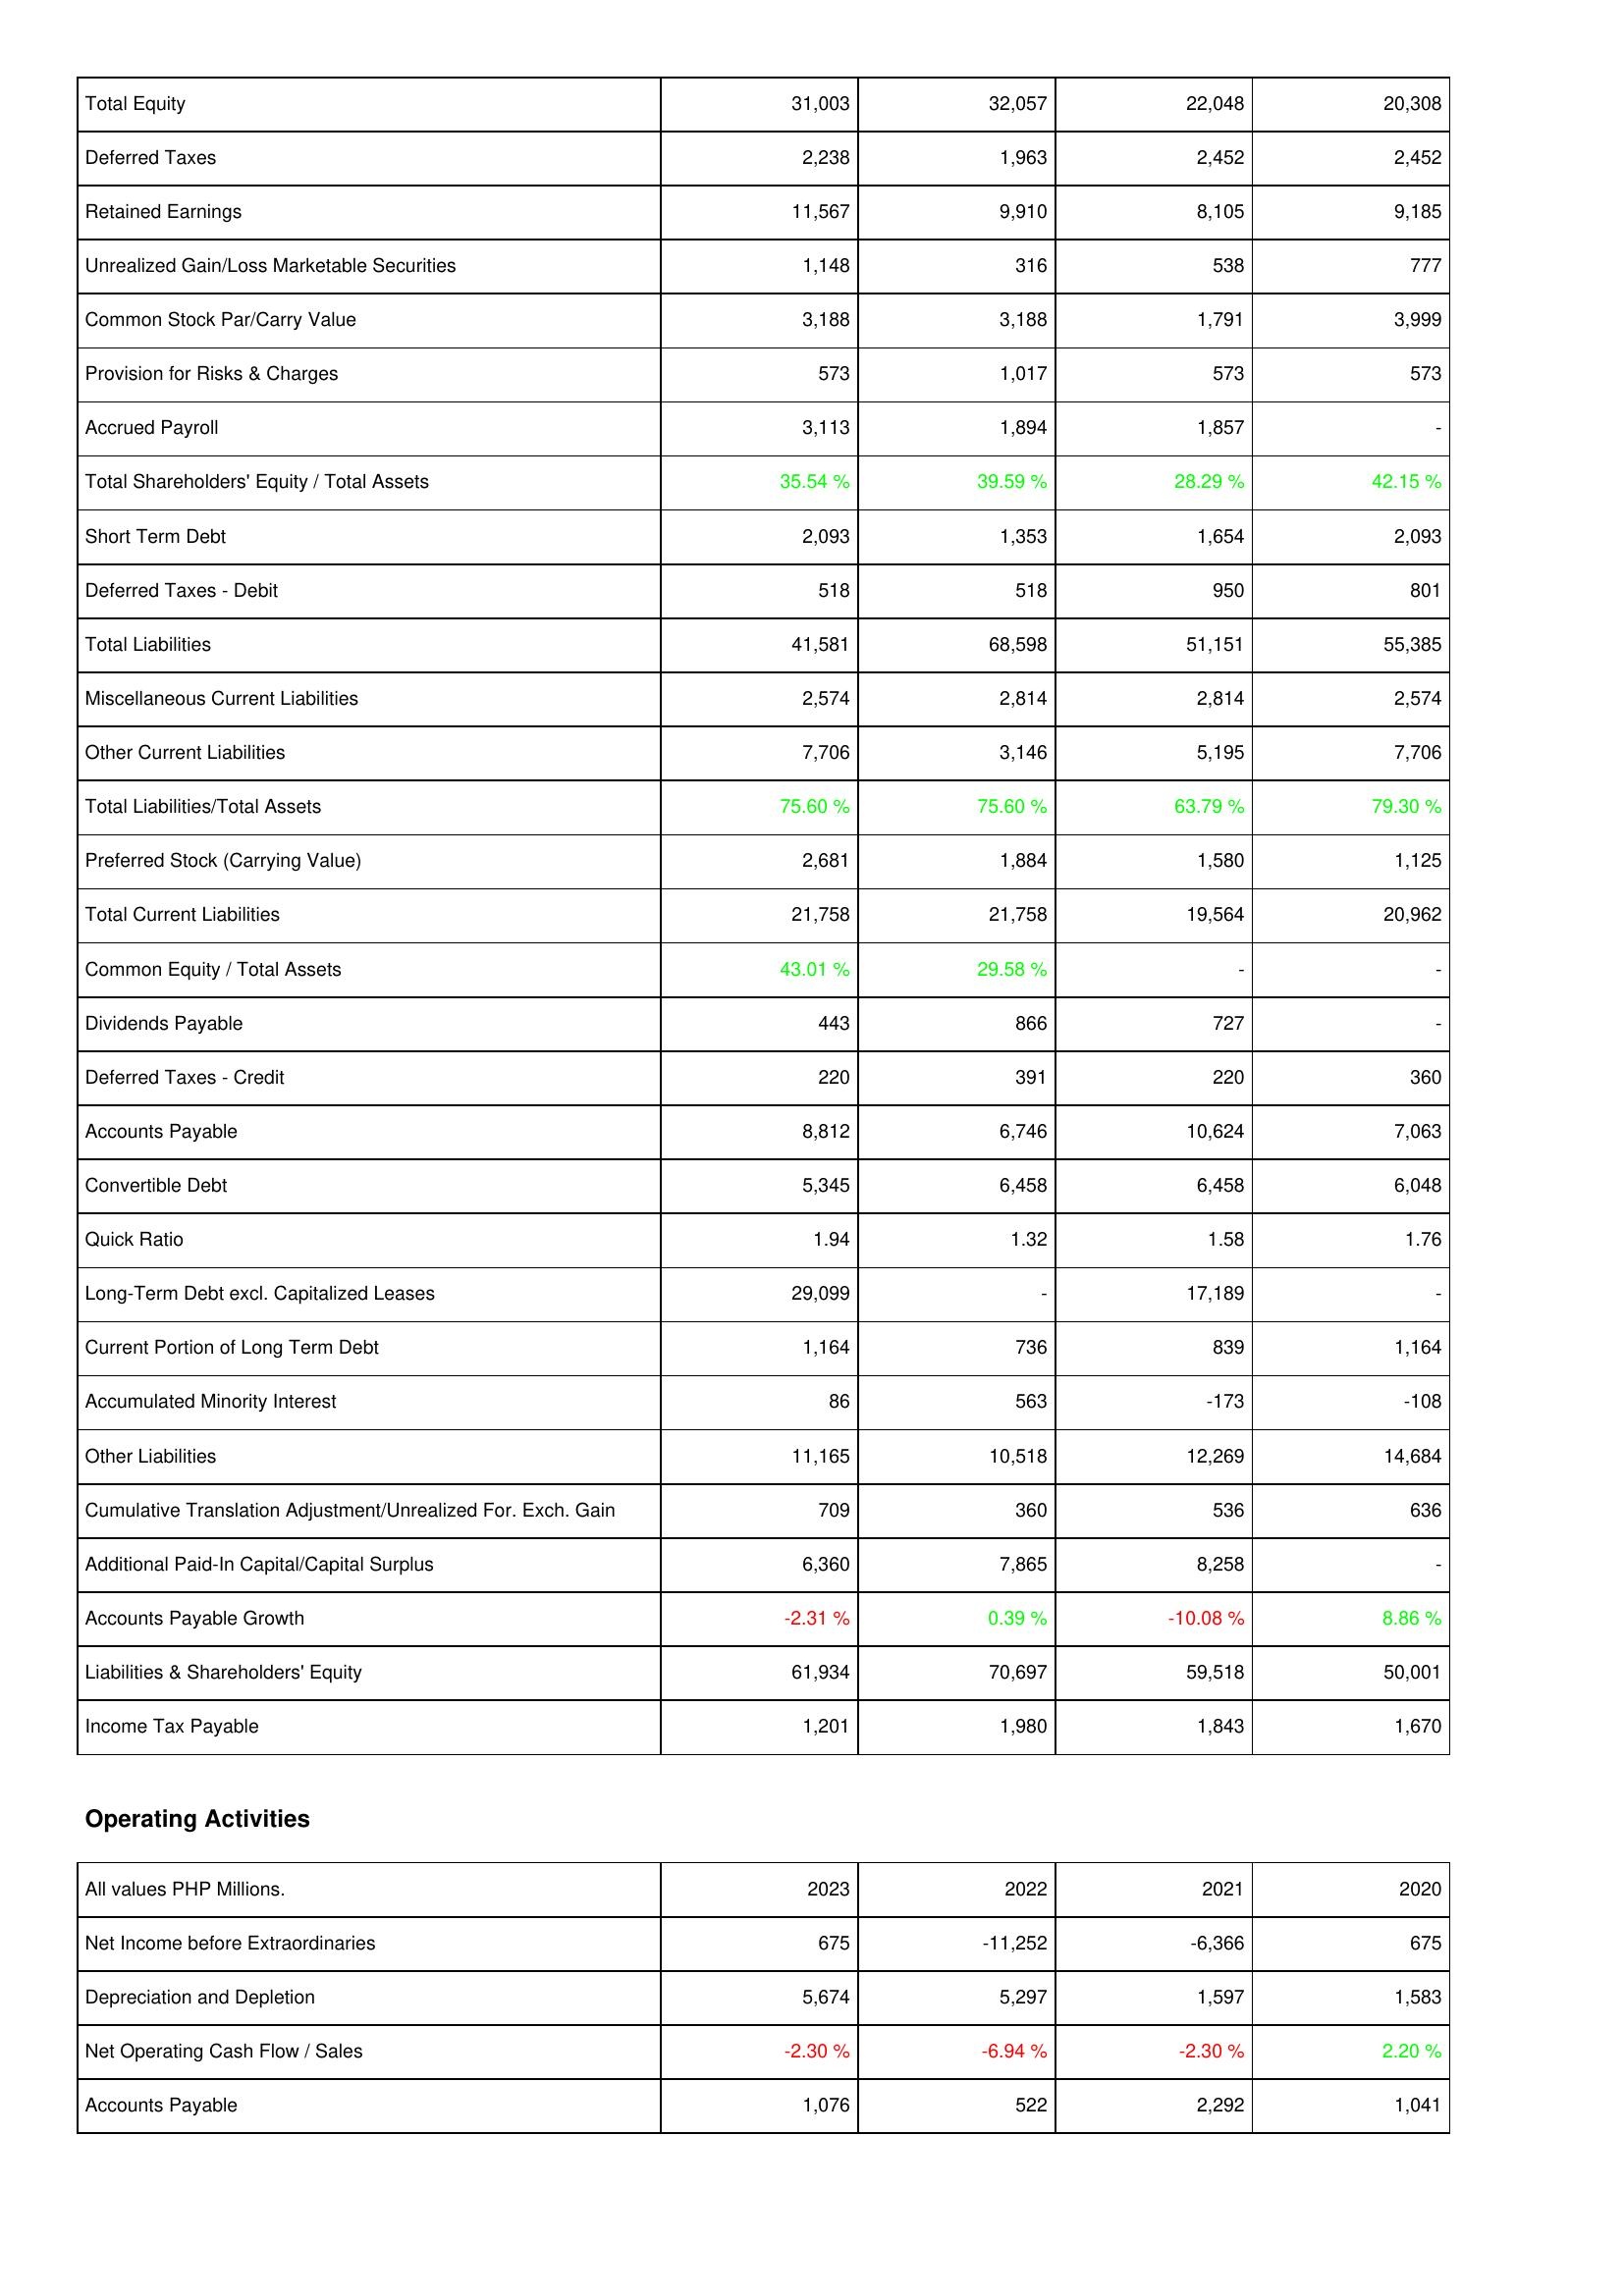
2023: Liabilities & Shareholders' Equity: Total Equity: 31,003
Deferred Taxes: 2,238
Retained Earnings: 11,567
Unrealized Gain/Loss Marketable Securities: 1,148
Common Stock Par/Carry Value: 3,188
Provision for Risks & Charges: 573
Accrued Payroll: 3,113
Total Shareholders' Equity / Total Assets: 35.54 %
Short Term Debt: 2,093
Deferred Taxes - Debit: 518
Total Liabilities: 41,581
Miscellaneous Current Liabilities: 2,574
Other Current Liabilities: 7,706
Total Liabilities/Total Assets: 75.60 %
Preferred Stock (Carrying Value): 2,681
Total Current Liabilities: 21,758
Common Equity / Total Assets: 43.01 %
Dividends Payable: 443
Deferred Taxes - Credit: 220
Accounts Payable: 8,812
Convertible Debt: 5,345
Quick Ratio: 1.94
Long-Term Debt excl. Capitalized Leases: 29,099
Current Portion of Long Term Debt: 1,164
Accumulated Minority Interest: 86
Other Liabilities: 11,165
Cumulative Translation Adjustment/Unrealized For. Exch. Gain: 709
Additional Paid-In Capital/Capital Surplus: 6,360
Accounts Payable Growth: -2.31 %
Liabilities & Shareholders' Equity: 61,934
Income Tax Payable: 1,201
Operating Activities: Net Income before Extraordinaries: 675
Depreciation and Depletion: 5,674
Net Operating Cash Flow / Sales: -2.30 %
Accounts Payable: 1,076
2022: Liabilities & Shareholders' Equity: Total Equity: 32,057
Deferred Taxes: 1,963
Retained Earnings: 9,910
Unrealized Gain/Loss Marketable Securities: 316
Common Stock Par/Carry Value: 3,188
Provision for Risks & Charges: 1,017
Accrued Payroll: 1,894
Total Shareholders' Equity / Total Assets: 39.59 %
Short Term Debt: 1,353
Deferred Taxes - Debit: 518
Total Liabilities: 68,598
Miscellaneous Current Liabilities: 2,814
Other Current Liabilities: 3,146
Total Liabilities/Total Assets: 75.60 %
Preferred Stock (Carrying Value): 1,884
Total Current Liabilities: 21,758
Common Equity / Total Assets: 29.58 %
Dividends Payable: 866
Deferred Taxes - Credit: 391
Accounts Payable: 6,746
Convertible Debt: 6,458
Quick Ratio: 1.32
Long-Term Debt excl. Capitalized Leases: -
Current Portion of Long Term Debt: 736
Accumulated Minority Interest: 563
Other Liabilities: 10,518
Cumulative Translation Adjustment/Unrealized For. Exch. Gain: 360
Additional Paid-In Capital/Capital Surplus: 7,865
Accounts Payable Growth: 0.39 %
Liabilities & Shareholders' Equity: 70,697
Income Tax Payable: 1,980
Operating Activities: Net Income before Extraordinaries: -11,252
Depreciation and Depletion: 5,297
Net Operating Cash Flow / Sales: -6.94 %
Accounts Payable: 522
2021: Liabilities & Shareholders' Equity: Total Equity: 22,048
Deferred Taxes: 2,452
Retained Earnings: 8,105
Unrealized Gain/Loss Marketable Securities: 538
Common Stock Par/Carry Value: 1,791
Provision for Risks & Charges: 573
Accrued Payroll: 1,857
Total Shareholders' Equity / Total Assets: 28.29 %
Short Term Debt: 1,654
Deferred Taxes - Debit: 950
Total Liabilities: 51,151
Miscellaneous Current Liabilities: 2,814
Other Current Liabilities: 5,195
Total Liabilities/Total Assets: 63.79 %
Preferred Stock (Carrying Value): 1,580
Total Current Liabilities: 19,564
Common Equity / Total Assets: -
Dividends Payable: 727
Deferred Taxes - Credit: 220
Accounts Payable: 10,624
Convertible Debt: 6,458
Quick Ratio: 1.58
Long-Term Debt excl. Capitalized Leases: 17,189
Current Portion of Long Term Debt: 839
Accumulated Minority Interest: -173
Other Liabilities: 12,269
Cumulative Translation Adjustment/Unrealized For. Exch. Gain: 536
Additional Paid-In Capital/Capital Surplus: 8,258
Accounts Payable Growth: -10.08 %
Liabilities & Shareholders' Equity: 59,518
Income Tax Payable: 1,843
Operating Activities: Net Income before Extraordinaries: -6,366
Depreciation and Depletion: 1,597
Net Operating Cash Flow / Sales: -2.30 %
Accounts Payable: 2,292
2020: Liabilities & Shareholders' Equity: Total Equity: 20,308
Deferred Taxes: 2,452
Retained Earnings: 9,185
Unrealized Gain/Loss Marketable Securities: 777
Common Stock Par/Carry Value: 3,999
Provision for Risks & Charges: 573
Accrued Payroll: -
Total Shareholders' Equity / Total Assets: 42.15 %
Short Term Debt: 2,093
Deferred Taxes - Debit: 801
Total Liabilities: 55,385
Miscellaneous Current Liabilities: 2,574
Other Current Liabilities: 7,706
Total Liabilities/Total Assets: 79.30 %
Preferred Stock (Carrying Value): 1,125
Total Current Liabilities: 20,962
Common Equity / Total Assets: -
Dividends Payable: -
Deferred Taxes - Credit: 360
Accounts Payable: 7,063
Convertible Debt: 6,048
Quick Ratio: 1.76
Long-Term Debt excl. Capitalized Leases: -
Current Portion of Long Term Debt: 1,164
Accumulated Minority Interest: -108
Other Liabilities: 14,684
Cumulative Translation Adjustment/Unrealized For. Exch. Gain: 636
Additional Paid-In Capital/Capital Surplus: -
Accounts Payable Growth: 8.86 %
Liabilities & Shareholders' Equity: 50,001
Income Tax Payable: 1,670
Operating Activities: Net Income before Extraordinaries: 675
Depreciation and Depletion: 1,583
Net Operating Cash Flow / Sales: 2.20 %
Accounts Payable: 1,041